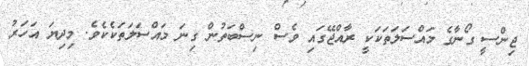
ޖިންސީ ގޯނާގެ މައްސަލަތަކަކީ ރާއްޖޭގައި ވެސް ނިސްބަތުން ގިނަ މައްސަލަތަކެކެވެ. މިދިޔަ އަހަރު